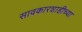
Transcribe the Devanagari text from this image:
सावकारशाहीच्या